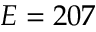
E = 2 0 7